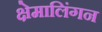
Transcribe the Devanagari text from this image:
क्षेमालिंगन